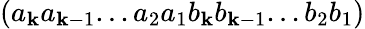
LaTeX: ({a_{\mathbf{k}}}{a_{\mathbf{k}-1}}...{a_{2}}{a_{1}}{b_{\mathbf{k}}}{b_{\mathbf{k}-1}}...{b_{2}}{b_{1}})